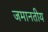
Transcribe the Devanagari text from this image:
जमानतीय